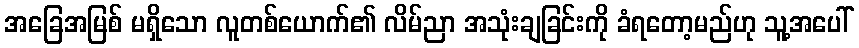
အခြေအမြစ် မရှိသော လူတစ်ယောက်၏ လိမ်ညာ အသုံးချခြင်းကို ခံရတော့မည်ဟု သူ့အပေါ်